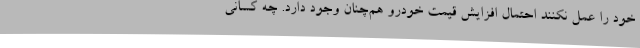
خود را عمل نکنند احتمال افزایش قیمت خودرو هم‌چنان وجود دارد. چه کسانی